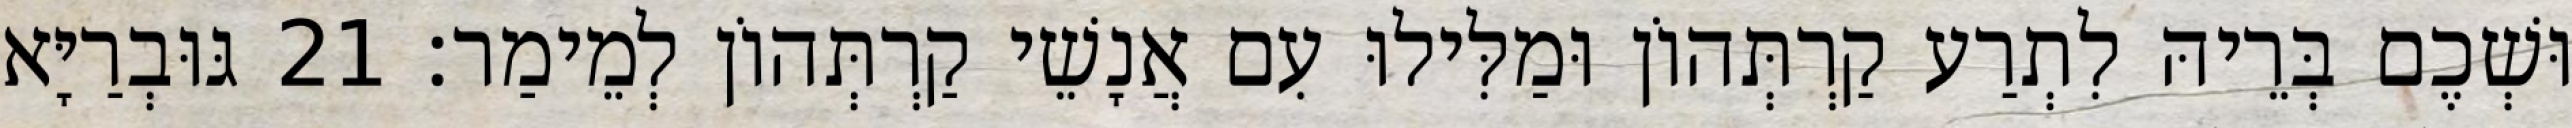
וּשְׁכֶם בְּרֵיהּ לִתְרַע קַרְתְּהוֹן וּמַלִּילוּ עִם אֲנָשֵׁי קַרְתְּהוֹן לְמֵימַר׃ 21 גּוּבְרַיָּא